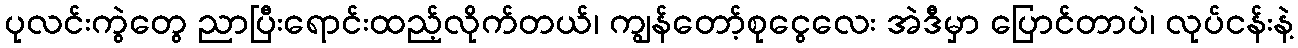
ပုလင်းကွဲတွေ ညာပြီးရောင်းထည့်လိုက်တယ်၊ ကျွန်တော့်စုငွေလေး အဲဒီမှာ ပြောင်တာပဲ၊ လုပ်ငန်းနဲ့